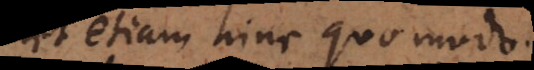
et etiam hinc quo modo